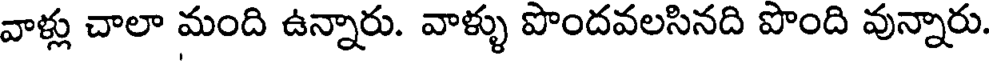
వాళ్లు చాలా మంది ఉన్నారు. వాళ్ళు పొందవలసినది పొంది వున్నారు.